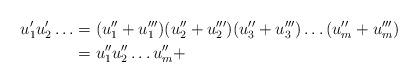
LaTeX: \begin{align*} u'_1 u'_2 \dots & = (u''_1+u_1''') ( u''_2 +u_2''')(u_3''+u_3''') \dots (u_m''+u_m''') \\ & = u''_1 u''_2 \dots u_m'' + \end{align*}